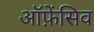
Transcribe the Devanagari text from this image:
ऑफ़ेंसिव